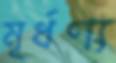
মূর্ধণ্য